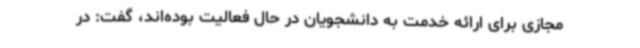
مجازی برای ارائه خدمت به دانشجویان در حال فعالیت بوده‌اند، گفت: در